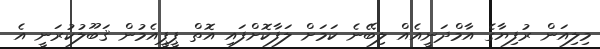
މިލިއަން ރުފިޔާގެ އާމްދަނީއެއް ލިބޭނެ ކަމަށް ލަފާކޮށްފައި އޮތް ޕީޕީއެމުން ޤަބޫލުކުރަނީ އެ